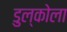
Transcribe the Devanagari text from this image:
डुल्कोला